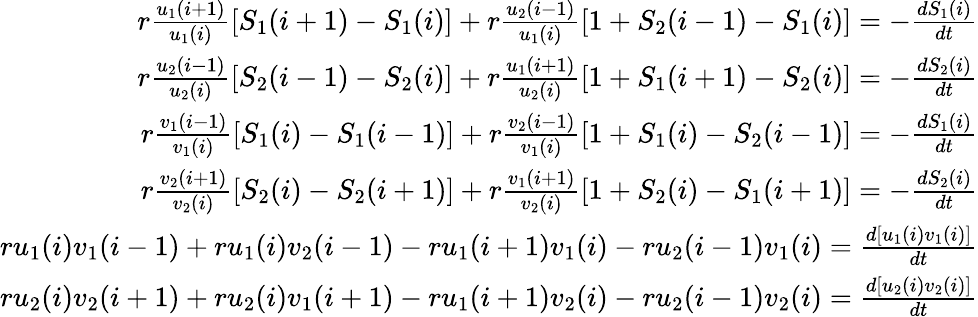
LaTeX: \begin{array}{r}{r\frac{u_{1}(i+1)}{u_{1}(i)}[S_{1}(i+1)-S_{1}(i)]+r\frac{u_{2}(i-1)}{u_{1}(i)}[1+S_{2}(i-1)-S_{1}(i)]=-\frac{dS_{1}(i)}{dt}}\\ {r\frac{u_{2}(i-1)}{u_{2}(i)}[S_{2}(i-1)-S_{2}(i)]+r\frac{u_{1}(i+1)}{u_{2}(i)}[1+S_{1}(i+1)-S_{2}(i)]=-\frac{dS_{2}(i)}{dt}}\\ {r\frac{v_{1}(i-1)}{v_{1}(i)}[S_{1}(i)-S_{1}(i-1)]+r\frac{v_{2}(i-1)}{v_{1}(i)}[1+S_{1}(i)-S_{2}(i-1)]=-\frac{dS_{1}(i)}{dt}}\\ {r\frac{v_{2}(i+1)}{v_{2}(i)}[S_{2}(i)-S_{2}(i+1)]+r\frac{v_{1}(i+1)}{v_{2}(i)}[1+S_{2}(i)-S_{1}(i+1)]=-\frac{dS_{2}(i)}{dt}}\\ {ru_{1}(i)v_{1}(i-1)+ru_{1}(i)v_{2}(i-1)-ru_{1}(i+1)v_{1}(i)-ru_{2}(i-1)v_{1}(i)=\frac{d[u_{1}(i)v_{1}(i)]}{dt}}\\ {ru_{2}(i)v_{2}(i+1)+ru_{2}(i)v_{1}(i+1)-ru_{1}(i+1)v_{2}(i)-ru_{2}(i-1)v_{2}(i)=\frac{d[u_{2}(i)v_{2}(i)]}{dt}}\end{array}